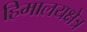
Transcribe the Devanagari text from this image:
हिमालयक्षेत्र